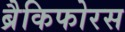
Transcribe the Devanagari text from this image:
ब्रैकिफोरस